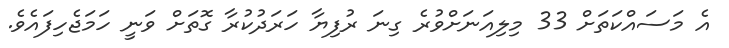
އެ މަސައްކަތަށް 33 މިލިއަނަށްވުރެ ގިނަ ރުފިޔާ ހަރަދުކުރާ ގޮތަށް ވަނީ ހަމަޖެހިފައެވެ.